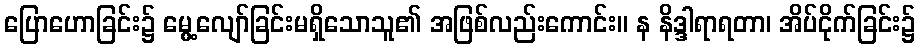
ပြောဟောခြင်း၌ မွေ့လျော်ခြင်းမရှိသောသူ၏ အဖြစ်လည်းကောင်း။ န နိဒ္ဒါရာရတာ၊ အိပ်ငိုက်ခြင်း၌